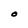
Character: O